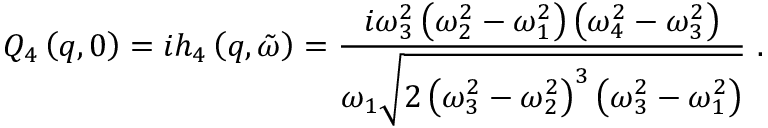
Q _ { 4 } \left( q , 0 \right) = i h _ { 4 } \left( q , \tilde { \omega } \right) = \frac { i \omega _ { 3 } ^ { 2 } \left( \omega _ { 2 } ^ { 2 } - \omega _ { 1 } ^ { 2 } \right) \left( \omega _ { 4 } ^ { 2 } - \omega _ { 3 } ^ { 2 } \right) } { \omega _ { 1 } \sqrt { 2 \left( \omega _ { 3 } ^ { 2 } - \omega _ { 2 } ^ { 2 } \right) ^ { 3 } \left( \omega _ { 3 } ^ { 2 } - \omega _ { 1 } ^ { 2 } \right) } } \ .